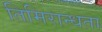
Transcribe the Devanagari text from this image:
तिमिरान्धता